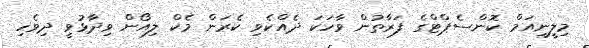
މިލީނިއަމް ކޮންސެޕްޓްގެ ފަރާތުން ވާހަކަ ދެއްކެވި ކެރަން މެކް ލިއޯން ވިދާޅުވީ ދިވެހި